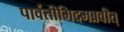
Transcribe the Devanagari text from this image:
पार्वतीमिदमब्रवीत्